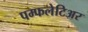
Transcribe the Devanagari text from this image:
पम्फलेटिअर